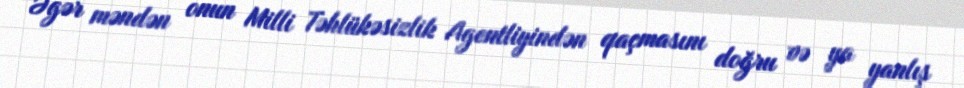
Əgər məndən onun Milli Təhlükəsizlik Agentliyindən qaçmasını doğru və ya yanlış